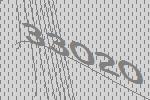
33020